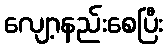
လျော့နည်းစေပြီး